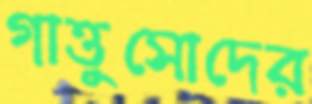
গাত্তুসোদের